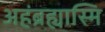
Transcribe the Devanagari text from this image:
अहंब्रह्यास्मि